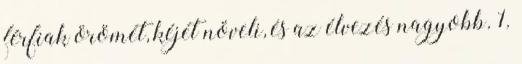
férfiak örömét, kéjét növeli, és az élvezés nagyobb. 1.